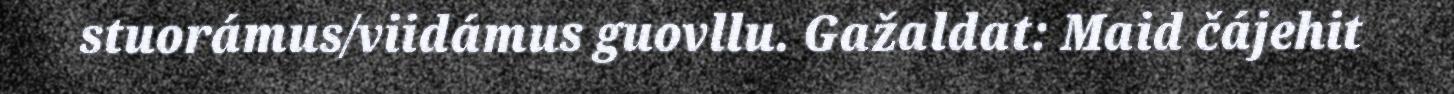
stuorámus/viidámus guovllu. Gažaldat: Maid čájehit